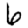
Digit: 6